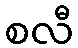
စလီ